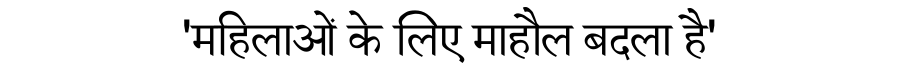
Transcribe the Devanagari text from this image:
'महिलाओं के लिए माहौल बदला है'